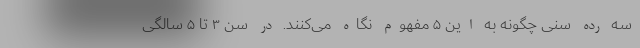
سه رده سنی چگونه به این ۵ مفهوم نگاه می‌کنند. در سن ۳ تا ۵ سالگی